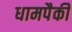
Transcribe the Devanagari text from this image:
धामपैकी